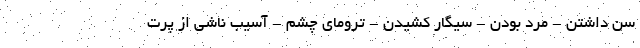
سن داشتن - مرد بودن - سیگار کشیدن - ترومای چشم - آسیب ناشی از پرت